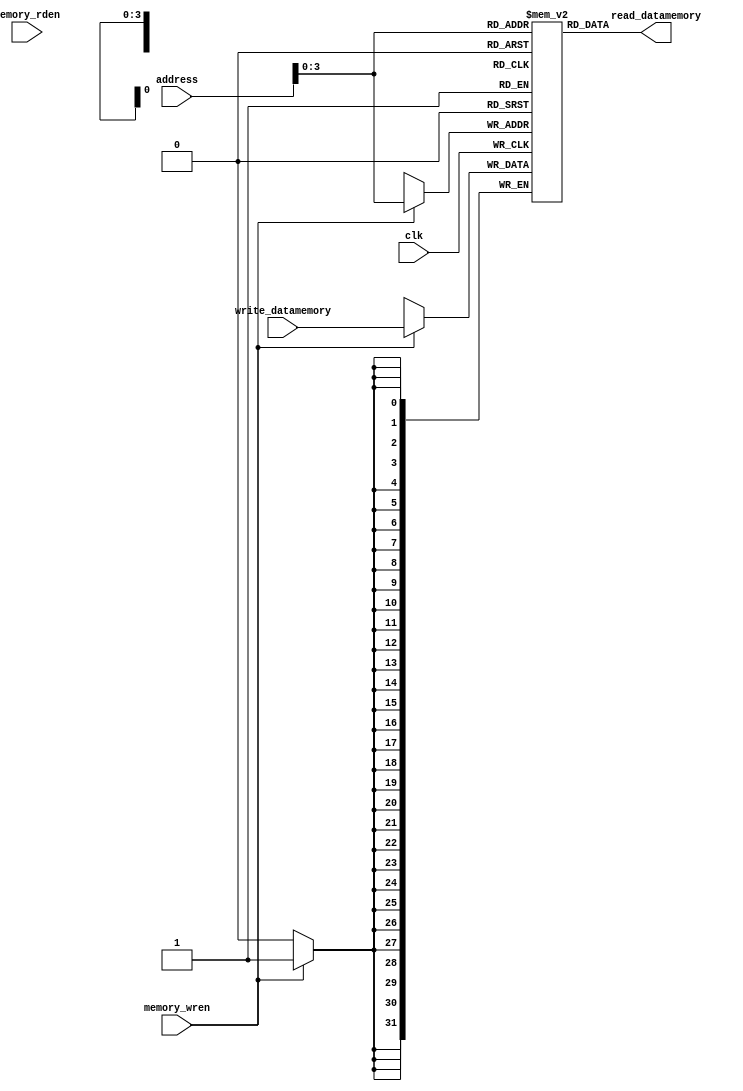
`timescale 1ns / 1ps
//////////////////////////////////////////////////////////////////////////////////
// Company: 
// Engineer: 
// 
// Design Name: 
// Module Name: data_memory
// Project Name: 
// Target Devices: 
// Tool Versions: 
// Description: 
// 
// Dependencies: 
// 
// Revision:
// Revision 0.01 - File Created
// Additional Comments:
// 
//////////////////////////////////////////////////////////////////////////////////


module data_memory(address, write_datamemory, memory_rden, memory_wren, read_datamemory,clk);
input [31:0] address, write_datamemory;
input memory_rden, memory_wren,clk;
output [31:0] read_datamemory;

parameter DEPTH = 10;
reg [31:0] data_mem [DEPTH:0];
initial
begin
data_mem[0] = 32'h00201020;
data_mem[1] = 32'h00622022;

end

assign read_datamemory = data_mem[address];

always@(posedge clk)
begin
 if(memory_wren)
  data_mem[address] <= write_datamemory; 
end
endmodule